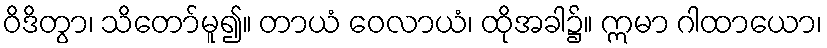
ဝိဒိတွာ၊ သိတော်မူ၍။ တာယံ ဝေလာယံ၊ ထိုအခါ၌။ ဣမာ ဂါထာယော၊